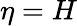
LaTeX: \eta=H